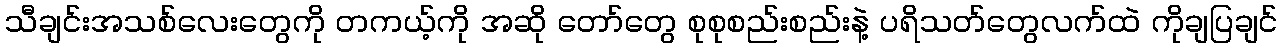
သီချင်းအသစ်လေးတွေကို တကယ့်ကို အဆို တော်တွေ စုစုစည်းစည်းနဲ့ ပရိသတ်တွေလက်ထဲ ကိုချပြချင်